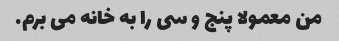
من معمولا پنج و سی را به خانه می برم.